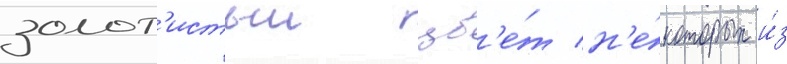
золот'истыи цв'е́т н'е́которых и́з